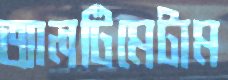
আলটিমেটাম